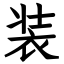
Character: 装